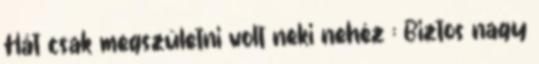
Hát csak megszületni volt neki nehéz : Biztos nagy